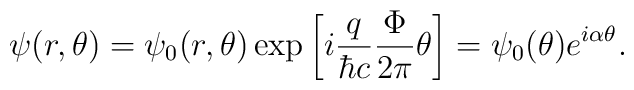
\psi(r,\theta)=\psi_0(r,\theta)\exp\left[i{q\over\hbar c}{\Phi\over2\pi}\theta\right]= \psi_0(\theta)e^{i\alpha\theta}.